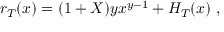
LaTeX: r _ { T } ( x ) = ( 1 + X ) y x ^ { y - 1 } + H _ { T } ( x ) \ ,